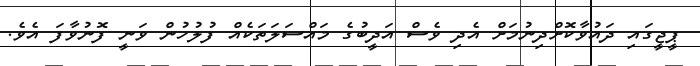
ޕީޖީގައި ދައުވާކޮށްދިނުމަށް އެދި ވެސް އަދީބުގެ މައްސަލަތަކެއް ފުލުހުން ވަނީ ފޮނުވާފަ އެވެ.